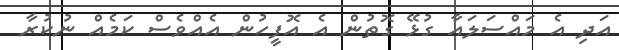
އަދި އެ މައްސަލައާ ގުޅޭ ގޮތުން އެ އޮފީހުން އެއްވެސް ކަމެއް ނުކުރާ